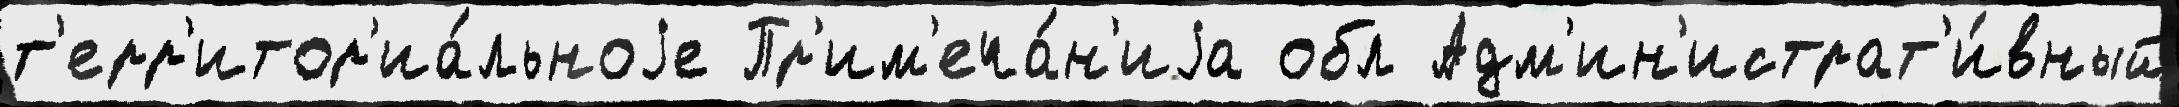
т'ерр'итор'иа́льноjе Пр'им'еча́н'иjа обл Адм'ин'истрат'и́вный